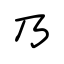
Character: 乃